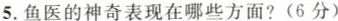
5. 鱼医的神奇表现在哪些方面? (6分)